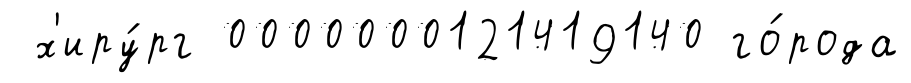
х'иру́рг 0000000121419140 го́рода